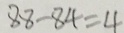
8 8 - 8 4 = 4